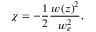
\chi = - \frac { 1 } { 2 } \frac { w \left( z \right) ^ { 2 } } { w _ { e } ^ { 2 } } ,